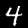
Digit: 4